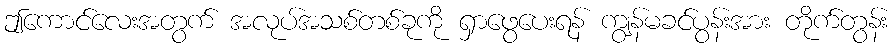
ဤကောင်လေးအတွက် အလုပ်အသစ်တစ်ခုကို ရှာဖွေပေးရန် ကျွန်မခင်ပွန်းအား တိုက်တွန်း